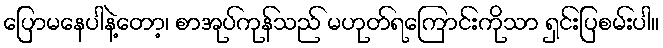
ပြောမနေပါနဲ့တော့၊ စာအုပ်ကုန်သည် မဟုတ်ရကြောင်းကိုသာ ရှင်းပြစမ်းပါ။